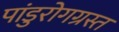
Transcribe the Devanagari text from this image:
पांडुरोगग्रस्त